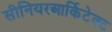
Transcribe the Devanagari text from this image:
सीनियरआर्किटेक्ट